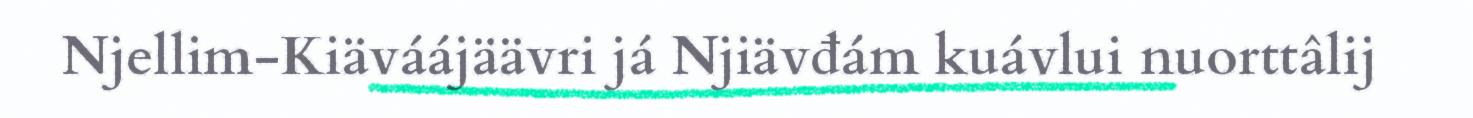
Njellim-Kiäváájäävri já Njiävđám kuávlui nuorttâlij